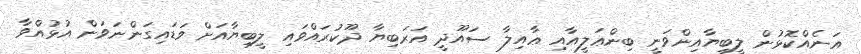
އަނެއްކޮޅުން ލީބިޔާއިންވަނީ ބިންޢަލީއާއި ޢާއިލާ ސައޫދީ އަރަބިޔާ ދޫކުރައްވައި ލީބިޔާއަށް ވަޑައިގަންނަވަން އުޅުއްވާ